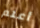
أعلم